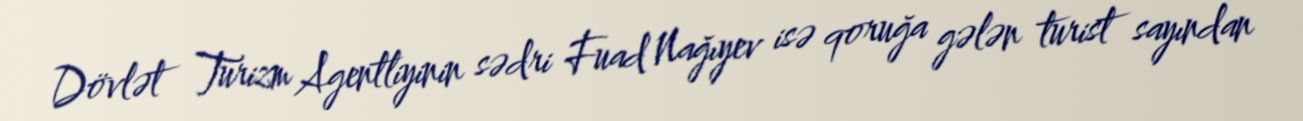
Dövlət Turizm Agentliyinin sədri Fuad Nağıyev isə qoruğa gələn turist sayından